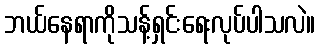
ဘယ်နေရာကိုသန့်ရှင်းရေးလုပ်ပါသလဲ။